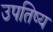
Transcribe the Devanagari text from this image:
उपतिष्य